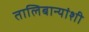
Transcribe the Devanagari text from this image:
तालिबान्यांशी